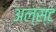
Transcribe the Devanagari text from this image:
अल्स्ट